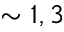
\sim 1 , 3